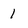
Character: 1